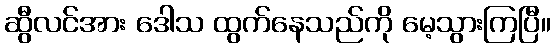
ဆွီလင်အား ဒေါသ ထွက်နေသည်ကို မေ့သွားကြပြီ။